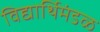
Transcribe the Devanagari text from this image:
विद्यार्थिमंडळ